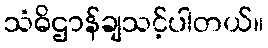
သံဓိဌာန်ချသင့်ပါတယ်။